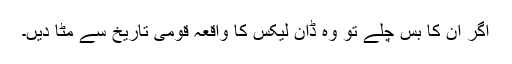
اگر ان کا بس چلے تو وہ ڈان لیکس کا واقعہ قومی تاریخ سے مٹا دیں۔